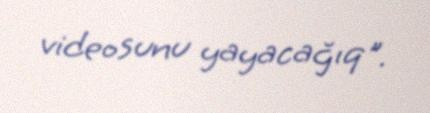
videosunu yayacağıq".